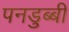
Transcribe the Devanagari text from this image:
पनडुब्‍बी